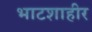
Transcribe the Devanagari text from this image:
भाटशाहीर